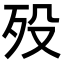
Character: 殁